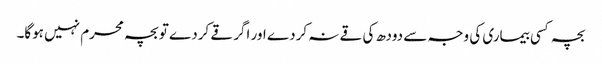
بچہ کسی بیماری کی وجہ سے دودھ کی قے نہ کردے اور اگر قے کردے تو بچہ محرم نہیں ہوگا۔